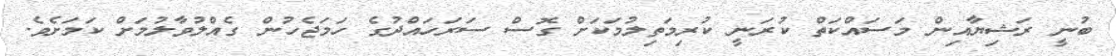
ބުނީ ރަޝިޔާއިން މަސައްކަތް ކުރަނީ ކުރިމަތިލުމަކަށް ގޮސް ސަރަހައްދުގެ ހަމަޖެހުން ގެއްލުވާލުމަށް ކަމަށެވެ.